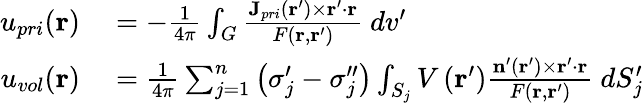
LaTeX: \begin{array}{rl}{u_{pri}(\mathbf{r})}&{{}=-\frac{1}{4\pi}\int_{G}\frac{\mathbf{J}_{pri}(\mathbf{r}^{\prime})\times\mathbf{r}^{\prime}\cdot\mathbf{r}}{F(\mathbf{r},\mathbf{r}^{\prime})}\ dv^{\prime}}\\ {u_{vol}(\mathbf{r})}&{{}=\frac{1}{4\pi}\sum_{j=1}^{n}\left(\sigma_{j}^{\prime}-\sigma_{j}^{\prime\prime}\right)\int_{S_{j}}V\left(\mathbf{r}^{\prime}\right)\frac{\mathbf{n}^{\prime}\left(\mathbf{r}^{\prime}\right)\times\mathbf{r}^{\prime}\cdot\mathbf{r}}{F\left(\mathbf{r},\mathbf{r}^{\prime}\right)}\ dS_{j}^{\prime}}\end{array}